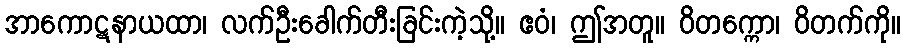
အာကောဋနာယထာ၊ လက်ဦးခေါက်တီးခြင်းကဲ့သို့။ ဧဝံ၊ ဤအတူ။ ဝိတက္ကော၊ ဝိတက်ကို။